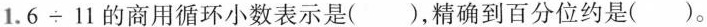
1.6÷11的商用循环小数表示是()，精确到百分位约是()。